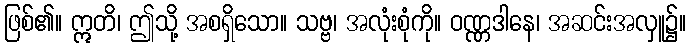
ဖြစ်၏။ ဣတိ၊ ဤသို့ အစရှိသော။ သဗ္ဗ၊ အလုံးစုံကို။ ဝဏ္ဏဒါနေ၊ အဆင်းအလှူ၌။